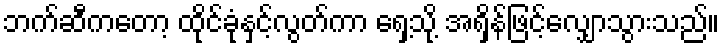
ဘက်ဆီကတော့ ထိုင်ခုံနှင့်လွတ်ကာ ရှေ့သို့ အရှိန်ဖြင့်လျှောသွားသည်။